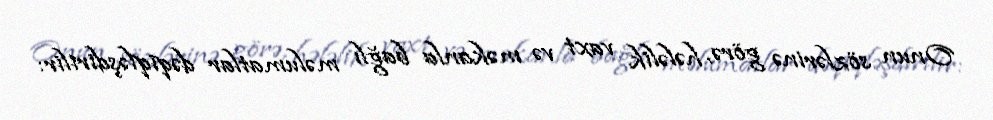
Onun sözlərinə görə, hələlik vaxt və məkanla bağlı məlumatlar dəqiqləşdirilir: